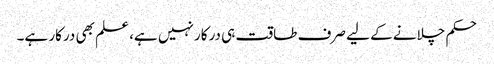
حکم چلانے کے لیے صرف طاقت ہی درکار نہیں ہے، علم بھی درکار ہے۔